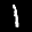
Digit: 1